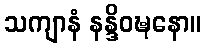
သကျာနံ နန္ဒိဝဎ္ဍနော။